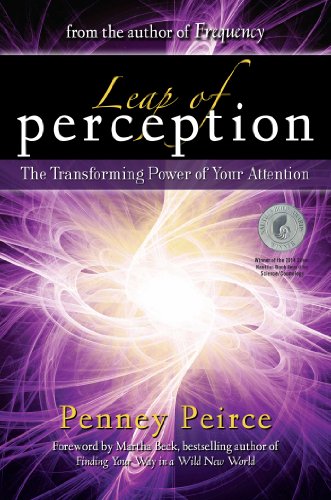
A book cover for Leap of Perception: The Transforming Power of Your Attention; Penney Peirce; Science & Math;